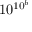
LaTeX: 1 0 ^ { 1 0 ^ { b } }